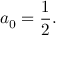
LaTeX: a _ { 0 } = { \frac { 1 } { 2 } } .